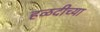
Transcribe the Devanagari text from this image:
हळदीच्या